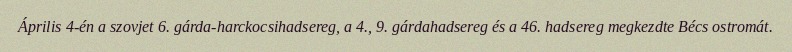
Április 4-én a szovjet 6. gárda-harckocsihadsereg, a 4., 9. gárdahadsereg és a 46. hadsereg megkezdte Bécs ostromát.